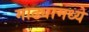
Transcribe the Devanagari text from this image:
माढ्यामध्ये